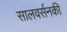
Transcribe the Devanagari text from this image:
सालवर्सनकी